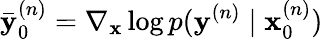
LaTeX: \mathbf{\bar{y}}_{0}^{(n)}=\nabla_{\mathbf{x}}\log p(\mathbf{y}^{(n)}\mid\mathbf{x}_{0}^{(n)})